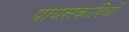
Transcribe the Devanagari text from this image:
पायसकारियों